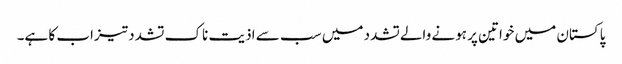
پاکستان میں خواتین پر ہونے والےتشدد میں سب سے اذیت ناک تشدد تیزاب کا ہے۔